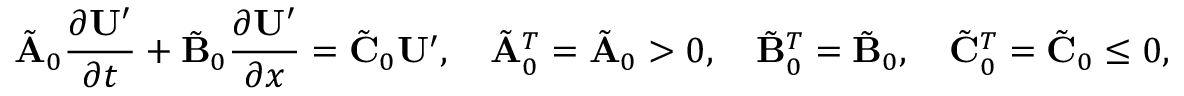
\tilde { \mathbf { A } } _ { 0 } \frac { \partial \mathbf { U } ^ { \prime } } { \partial t } + \tilde { \mathbf { B } } _ { 0 } \frac { \partial \mathbf { U } ^ { \prime } } { \partial x } = \tilde { \mathbf { C } } _ { 0 } \mathbf { U } ^ { \prime } , \quad \tilde { \mathbf { A } } _ { 0 } ^ { T } = \tilde { \mathbf { A } } _ { 0 } > 0 , \quad \tilde { \mathbf { B } } _ { 0 } ^ { T } = \tilde { \mathbf { B } } _ { 0 } , \quad \tilde { \mathbf { C } } _ { 0 } ^ { T } = \tilde { \mathbf { C } } _ { 0 } \le 0 ,